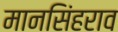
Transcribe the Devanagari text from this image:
मानसिंहराव